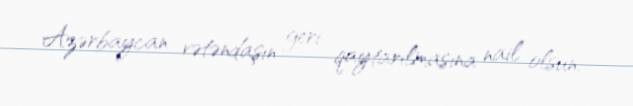
Azərbaycan vətəndaşın geri qaytarılmasına nail olsun.